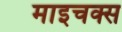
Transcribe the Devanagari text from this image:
माइचक्स